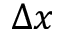
\Delta x